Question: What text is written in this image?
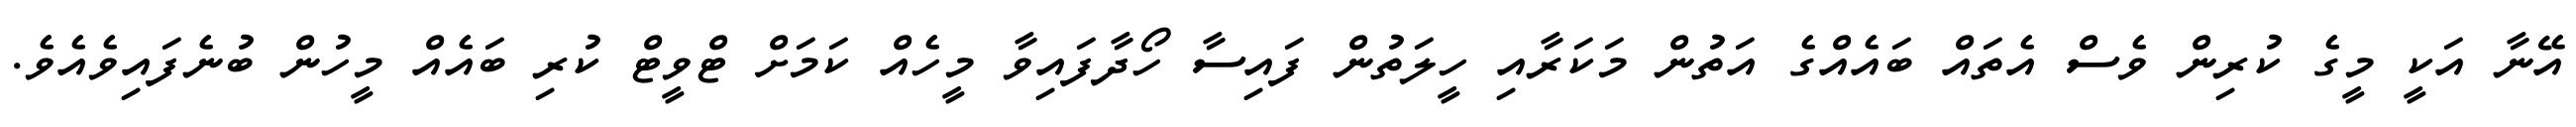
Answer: އޭނާ އަކީ މީގެ ކުރިން ވެސް އެތައް ބައެއްގެ އަތުން މަކަރާއި ހީލަތުން ފައިސާ ހޯދާފައިވާ މީހެއް ކަމަށް ޓްވީޓް ކުރި ބައެއް މީހުން ބުނެފައިވެއެވެ.